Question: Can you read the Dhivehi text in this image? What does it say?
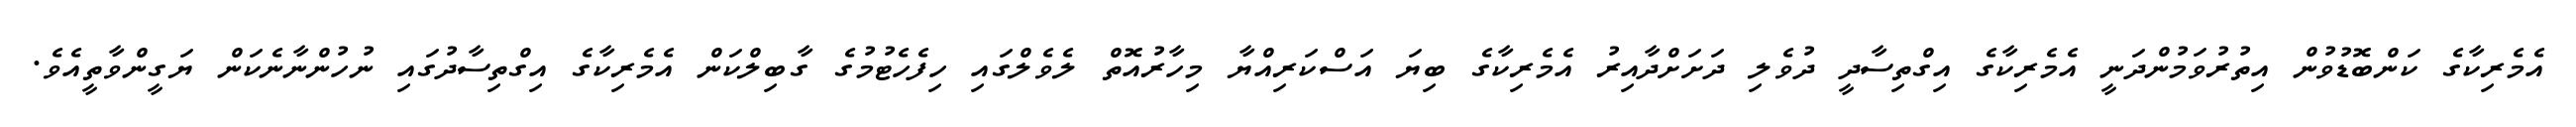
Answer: އެމެރިކާގެ ކަންބޮޑުވުން އިތުރުވަމުންދަނީ އެމެރިކާގެ އިގްތިސާދީ ދުވެލި ދަށަށްދާއިރު އެމެރިކާގެ ބިޔަ އަސްކަރިއްޔާ މިހާރުއޮތް ލެވެލްގައި ހިފެހެޓުމުގެ ގާބިލްކަން އެމެރިކާގެ އިގްތިސާދުގައި ނުހުންނާނެކަން ޔަގީންވާތީއެވެ.